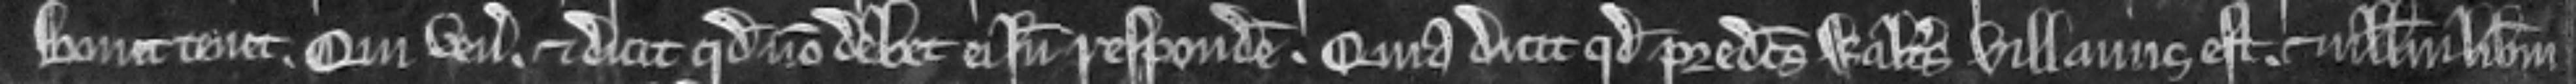
Bonet tenet. Qui venit. et dicit quod non debet ei inde respondere. Quia dicit quod predictus Walterus villanus est. et nullum liberum